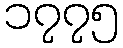
၁၇၇၅